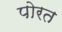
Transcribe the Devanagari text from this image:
पोरत